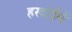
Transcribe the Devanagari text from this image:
हरदोईमें